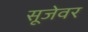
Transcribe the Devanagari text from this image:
सूजेवर